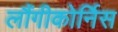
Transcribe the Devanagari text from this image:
लौंगीकोर्निस